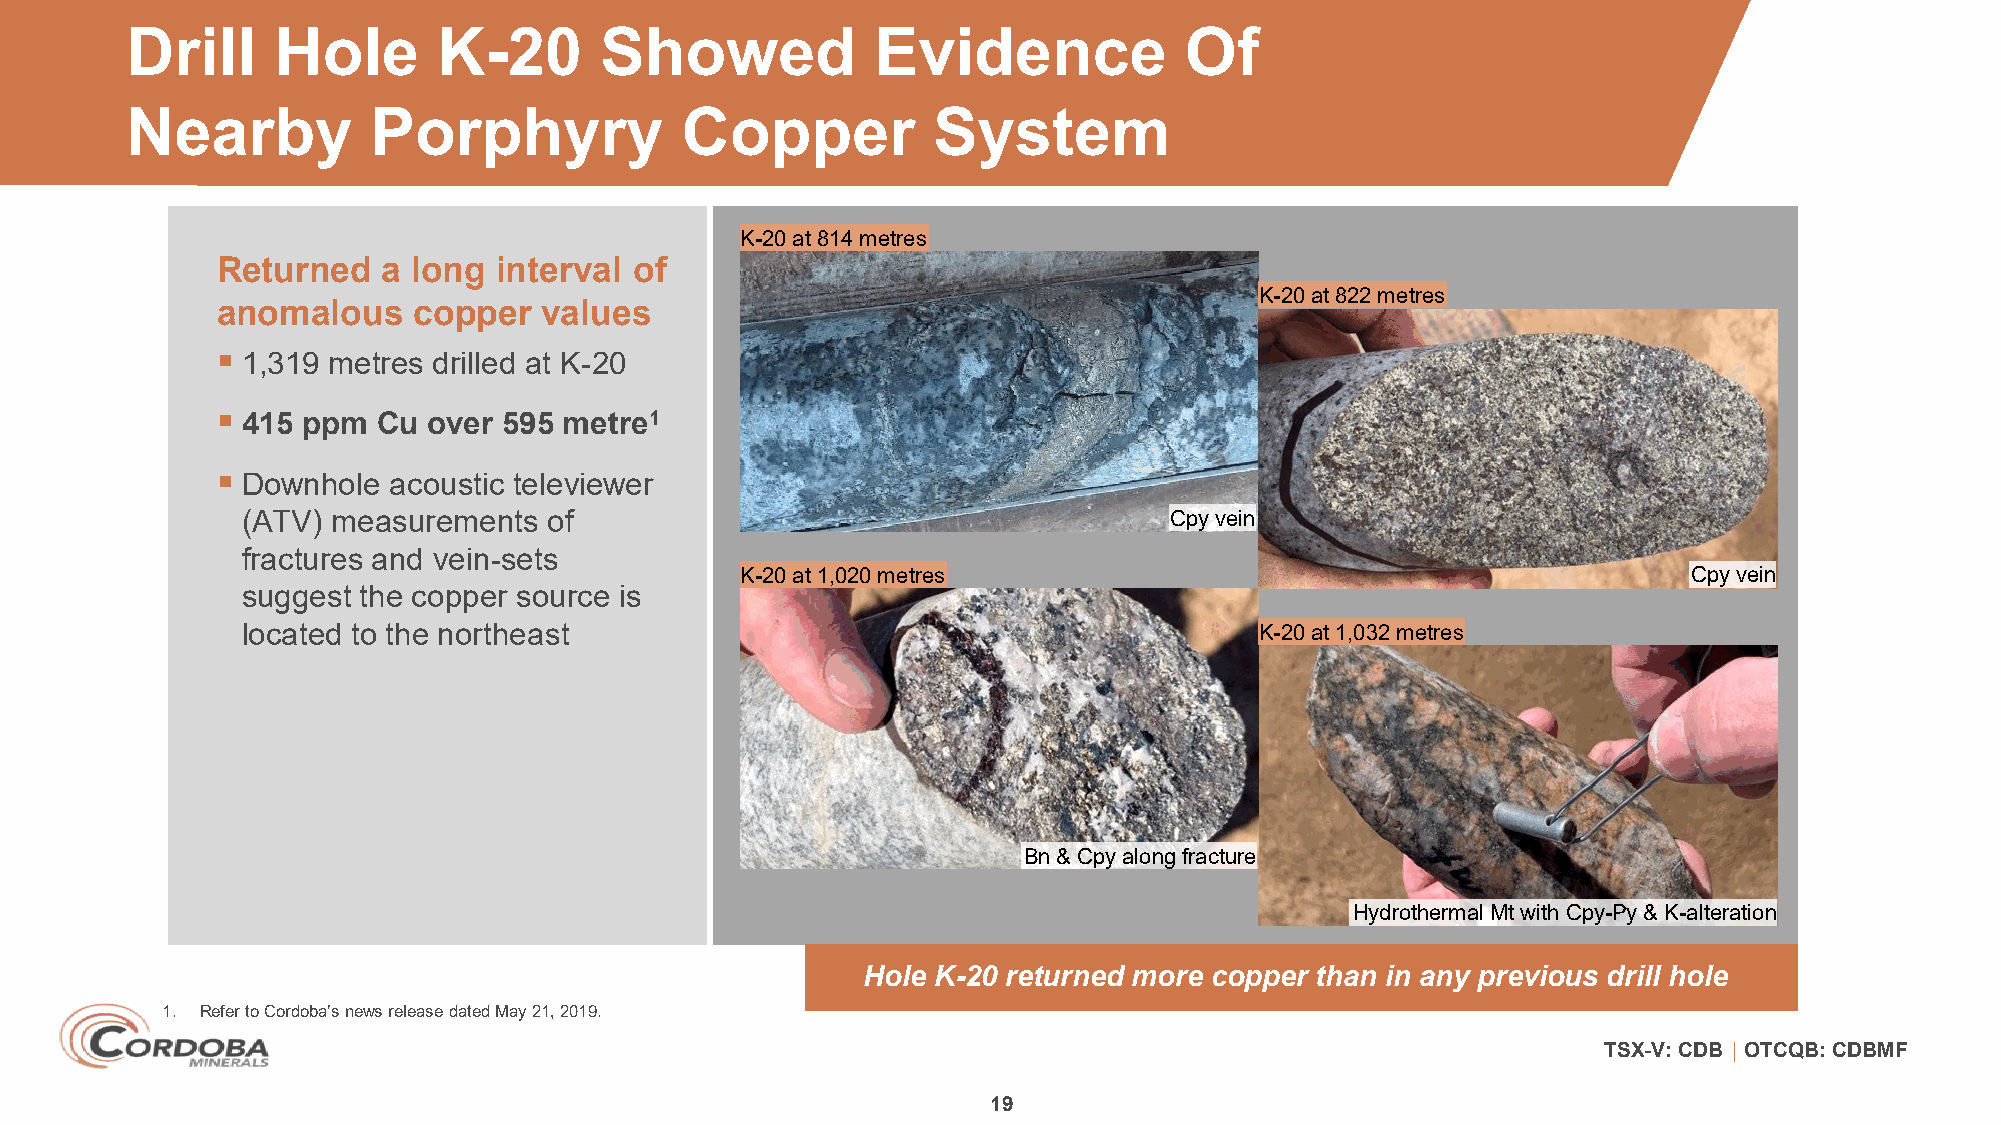
Drill     Hole       K-20       Showed            Evidence            Of
 Nearby           Porphyry            Copper           System
 K-20 at 814 metres
 Returned   a long  interval of
 K-20 at 822 metres
 anomalous    copper   values
 
 1,319 metres drilled at K-20
 
 415 ppm  Cu over 595 metre1
 
 Downhole  acoustic televiewer
 (ATV) measurements  of                                       Cpy vein
 fractures and vein-sets
 K-20 at 1,020 metres                                           Cpy vein
 suggest the copper source is
 located to the northeast                                           K-20 at 1,032 metres
 Bn & Cpy along fracture
 Hydrothermal Mt with Cpy-Py & K-alteration
 Hole K-20 returned more copper than in any previous drill hole
 1. Refer to Cordoba’s news release dated May 21, 2019.
 TSX-V: CDB │ OTCQB: CDBMF
 19